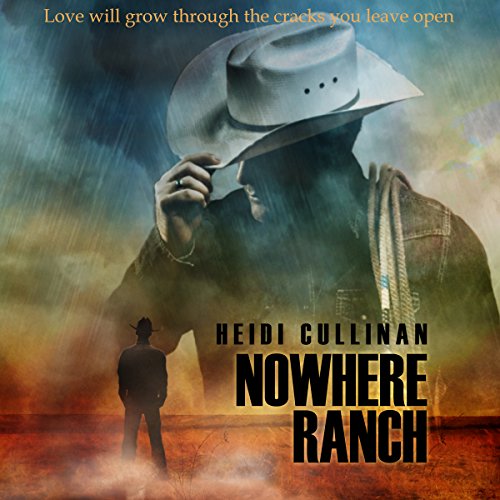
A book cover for Nowhere Ranch; Heidi Cullinan; Romance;